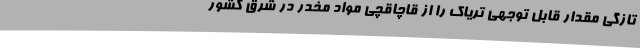
تازگی مقدار قابل توجهی تریاک را از قاچاقچی مواد مخدر در شرق کشور